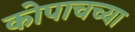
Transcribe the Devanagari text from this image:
कोपाचच्या